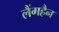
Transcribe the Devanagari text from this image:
लैंगहैन